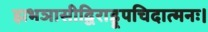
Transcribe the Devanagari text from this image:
झभञासीद्विराड्रूपचिदात्मनः।